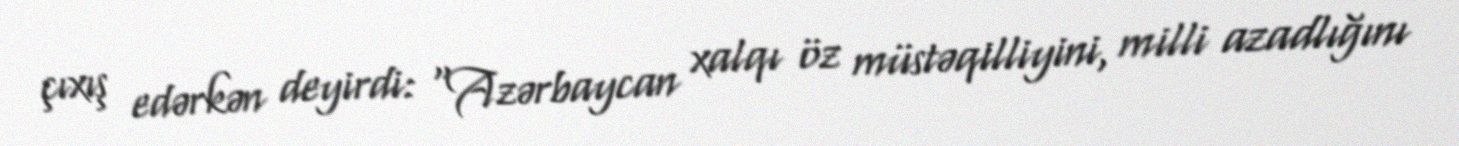
çıxış edərkən deyirdi: “Azərbaycan xalqı öz müstəqilliyini, milli azadlığını